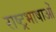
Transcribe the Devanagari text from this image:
राष्ट्रभाषाओं